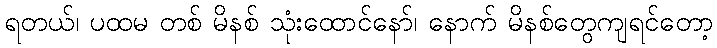
ရတယ်၊ ပထမ တစ် မိနစ် သုံးထောင်နော်၊ နောက် မိနစ်တွေကျရင်တော့